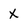
Character: X